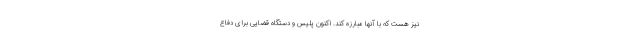
نیز هست که با آنها مبارزه کند. اکنون پلیس و دستگاه قضایی برای دفاع